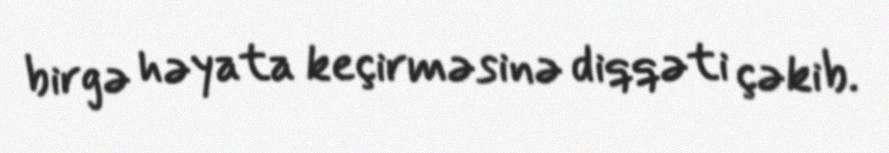
birgə həyata keçirməsinə diqqəti çəkib.